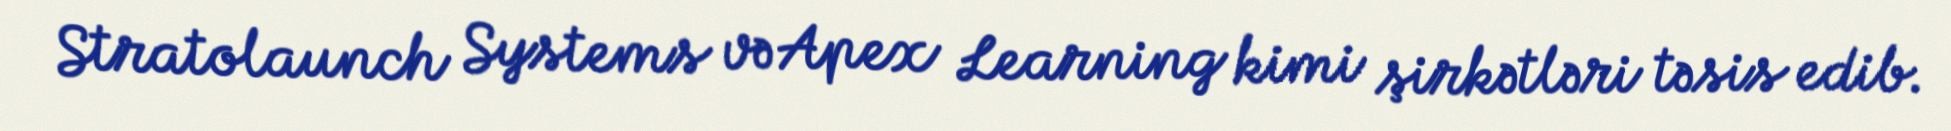
Stratolaunch Systems və Apex Learning kimi şirkətləri təsis edib.